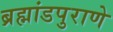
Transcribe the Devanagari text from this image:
ब्रह्मांडपुराणे